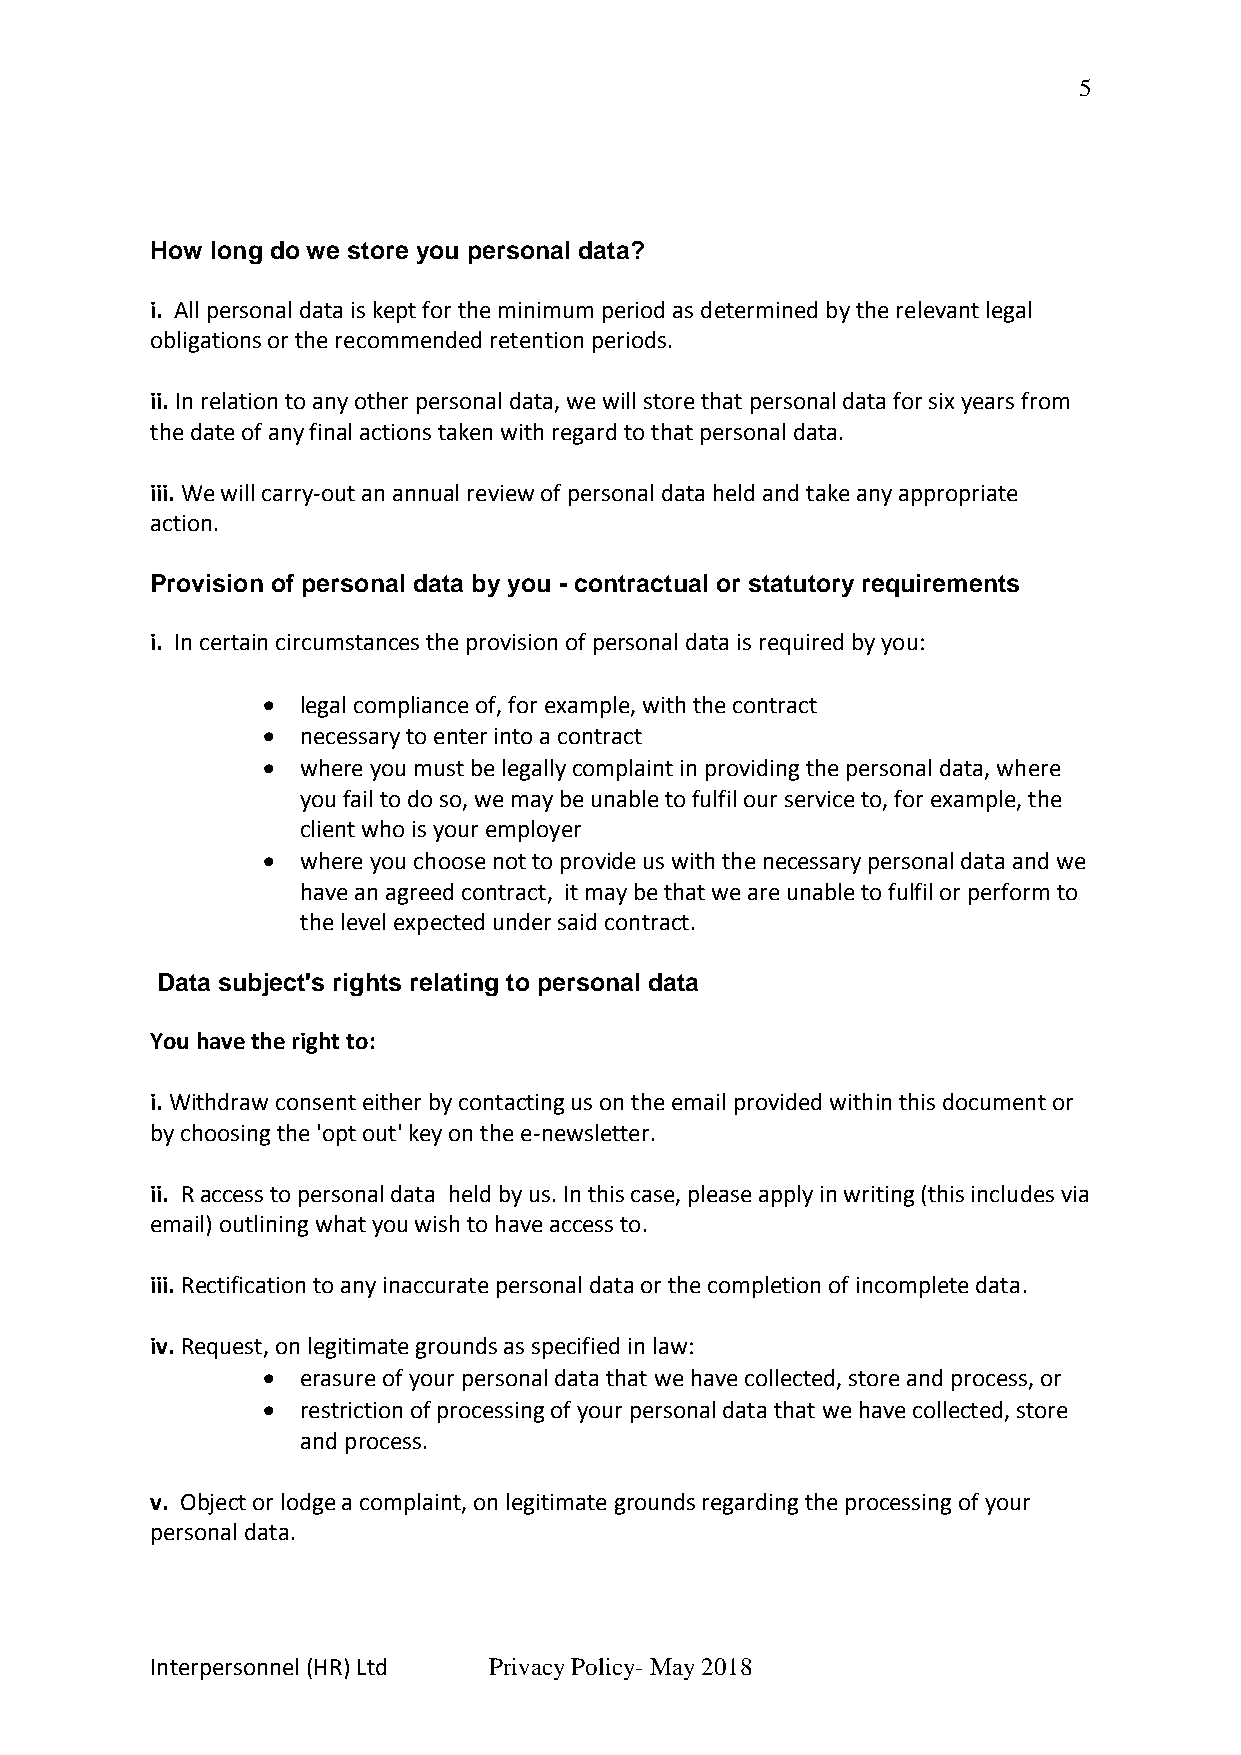
5
 How long do we store you personal data?
 i. All personal data is kept for the minimum period as determined by the relevant legal
 obligations or the recommended retention periods.
 ii. In relation to any other personal data, we will store that personal data for six years from
 the date of any final actions taken with regard to that personal data.
 iii. We will carry-out an annual review of personal data held and take any appropriate
 action.
 Provision of personal data by you - contractual or statutory requirements
 i. In certain circumstances the provision of personal data is required by you:
   legal compliance of, for example, with the contract
   necessary to enter into a contract
   where you must be legally complaint in providing the personal data, where
 you fail to do so, we may be unable to fulfil our service to, for example, the
 client who is your employer
   where you choose not to provide us with the necessary personal data and we
 have an agreed contract, it may be that we are unable to fulfil or perform to
 the level expected under said contract.
 Data subject's rights relating to personal data
 You have the right to:
 i. Withdraw consent either by contacting us on the email provided within this document or
 by choosing the 'opt out' key on the e-newsletter.
 ii. R access to personal data held by us. In this case, please apply in writing (this includes via
 email) outlining what you wish to have access to.
 iii. Rectification to any inaccurate personal data or the completion of incomplete data.
 iv. Request, on legitimate grounds as specified in law:
   erasure of your personal data that we have collected, store and process, or
   restriction of processing of your personal data that we have collected, store
 and process.
 v. Object or lodge a complaint, on legitimate grounds regarding the processing of your
 personal data.
 Interpersonnel (HR) Ltd Privacy Policy- May 2018